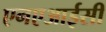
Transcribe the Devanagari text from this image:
एनएआईसी